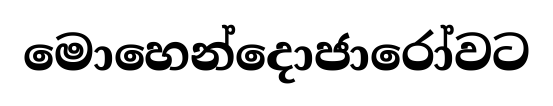
මොහෙන්දොජාරෝවට